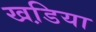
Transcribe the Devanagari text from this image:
खडि़या